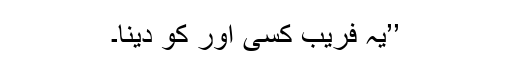
’’یہ فریب کسی اور کو دینا۔